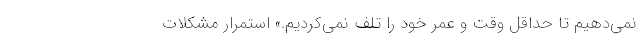
نمی‌دهیم تا حداقل وقت و عمر خود را تلف نمی‌کردیم.» استمرار مشکلات